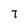
Character: 7